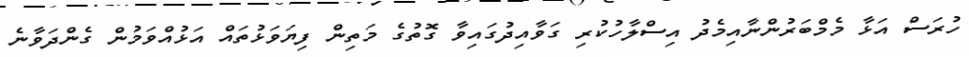
ހުރަސް އަޅާ މެމްބަރުންނާއިމެދު އިސްލާހުކުރި ގަވާއިދުގައިވާ ގޮތުގެ މަތިން ފިޔަވަޅުތައް އަޅުއްވަމުން ގެންދަވާނެ